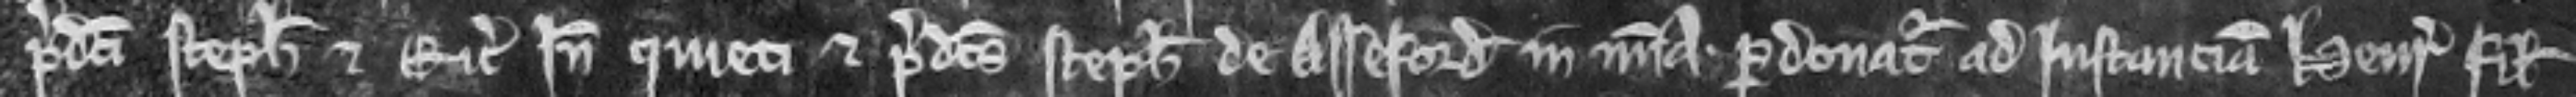
predicti Stephanus et Ricardus inde quieti et predictus Stephanus de Asseford in misericordia. Pardonatur ad instanciam Henrici filii